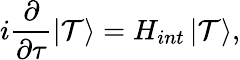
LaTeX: i\frac{\partial}{\partial\tau}\left|{\cal T}\right>=H_{int}\left|{\cal T}\right>,